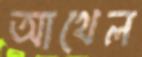
আথেল